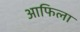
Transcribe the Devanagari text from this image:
आफिला